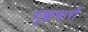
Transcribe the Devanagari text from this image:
गुह्यचारों